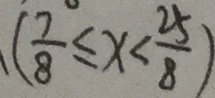
( \frac { 7 } { 8 } \leq x < \frac { 2 5 } { 8 } )